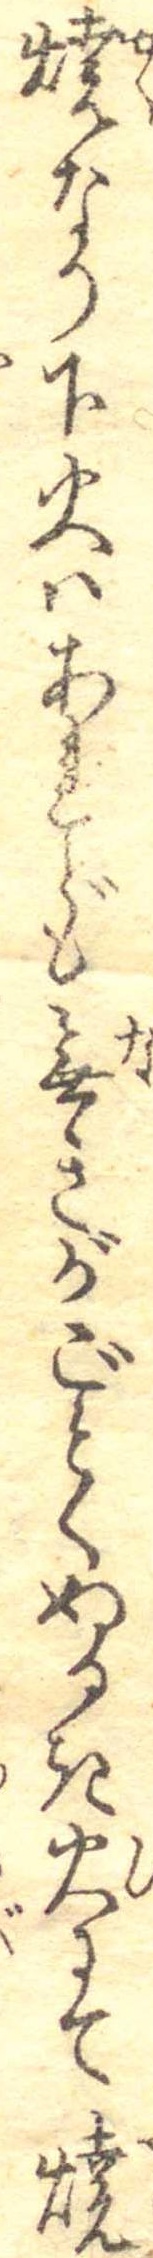
焼なり下火はあれども無きがごとくぬるき火にて焼